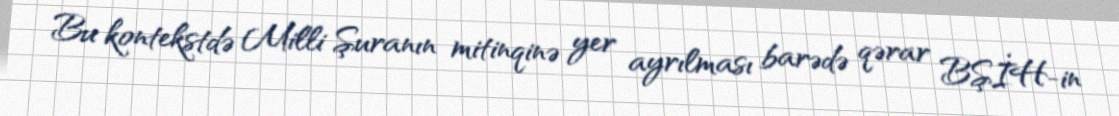
Bu kontekstdə Milli Şuranın mitinqinə yer ayrılması barədə qərar BŞİH-in